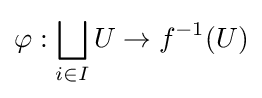
\varphi :\bigsqcup _{i\in I}U\to f^{-1}(U)